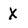
Character: X